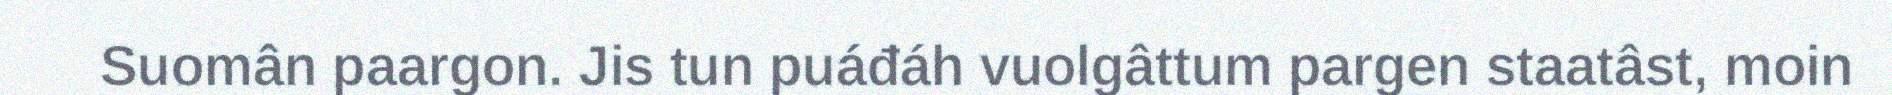
Suomân paargon. Jis tun puáđáh vuolgâttum pargen staatâst, moin